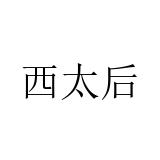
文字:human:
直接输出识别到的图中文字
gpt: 西太后